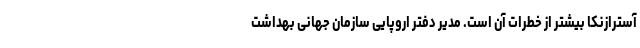
آسترازنکا بیشتر از خطرات آن است. مدیر دفتر اروپایی سازمان جهانی بهداشت